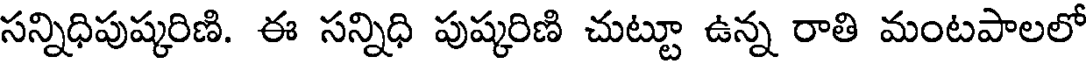
సన్నిధిపుష్కరిణి. ఈ సన్నిధి పుష్కరిణి చుట్టూ ఉన్న రాతి మంటపాలలో